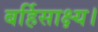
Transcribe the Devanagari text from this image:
बर्हिसाक्ष्य।